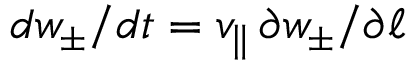
d w _ { \pm } / d t = v _ { \parallel } \, \partial w _ { \pm } / \partial \ell